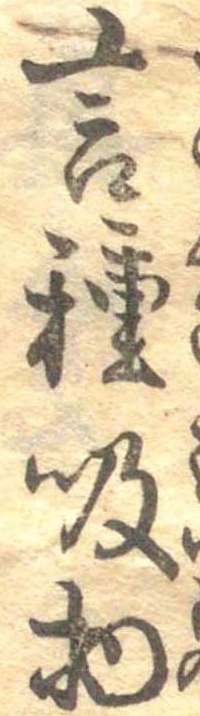
言種吸物